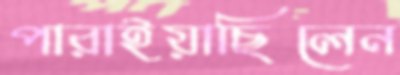
পারাইয়াছিলেন